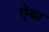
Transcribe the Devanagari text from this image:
ऐया